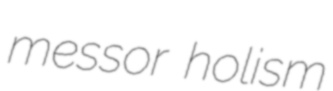
messor holism